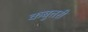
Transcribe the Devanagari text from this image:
कबुतरी